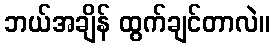
ဘယ်အချိန် ထွက်ချင်တာလဲ။